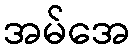
အမ်အေ